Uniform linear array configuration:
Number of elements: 8
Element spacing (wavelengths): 0.75
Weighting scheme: cosine
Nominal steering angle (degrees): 15
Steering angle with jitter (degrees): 13.317
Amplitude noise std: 0.05
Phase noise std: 0.05

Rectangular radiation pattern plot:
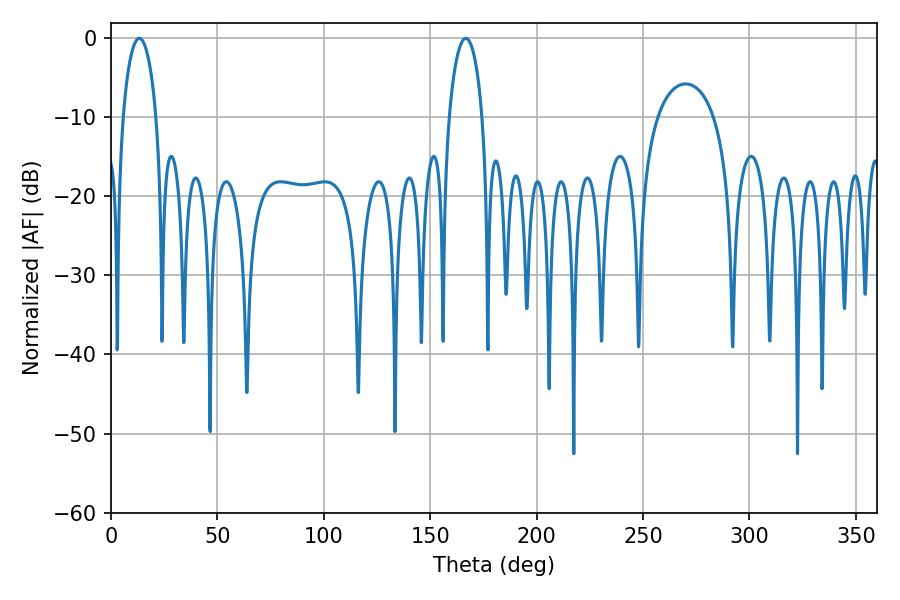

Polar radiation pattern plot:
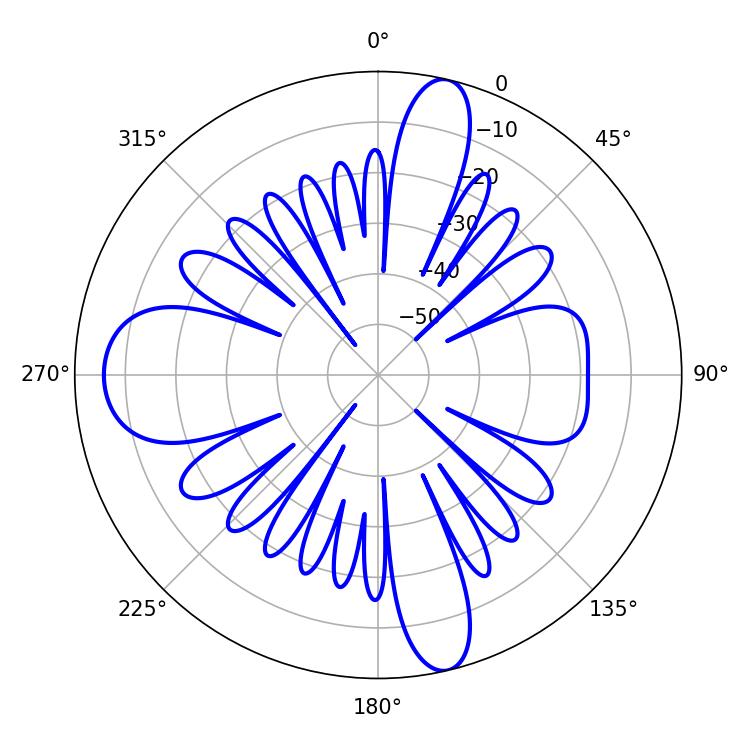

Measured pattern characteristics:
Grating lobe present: TRUE
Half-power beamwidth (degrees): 9
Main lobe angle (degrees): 13.32